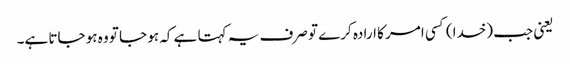
یعنی جب (خدا) کسی امر کا ارادہ کرے تو صرف یہ کہتا ہے کہ ہو جا تو وہ ہو جاتا ہے۔